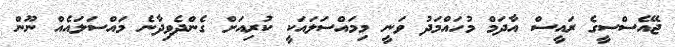
ޖޭއެސްސީގެ ރައީސް އާދަމް މުހައްމަދު ވަނީ މިމައްސަލައަކީ ކުރިއަށް ގެންދެވިދާނެ މައްސަލައެއް ނޫން